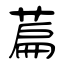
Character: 萹